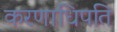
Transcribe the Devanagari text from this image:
करणाधिपति